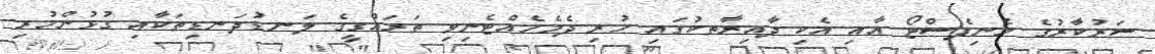
ސަރުކާރުގެ މެނިފެސްޓޯ އާއި އެކި ދާއިރާތކުގައި ހުރި ދެމެހެއްޓެނިވި ތަރައްގީގެ ލަނޑުދަނޑިތަކާއި ގުޅުންހުރި